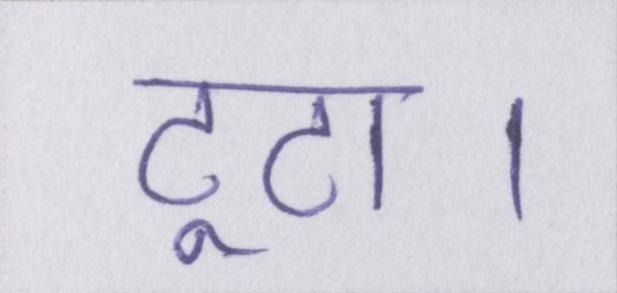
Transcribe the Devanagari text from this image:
टूटा।